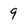
Character: 9